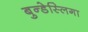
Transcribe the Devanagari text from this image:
बुन्डेस्लिगा